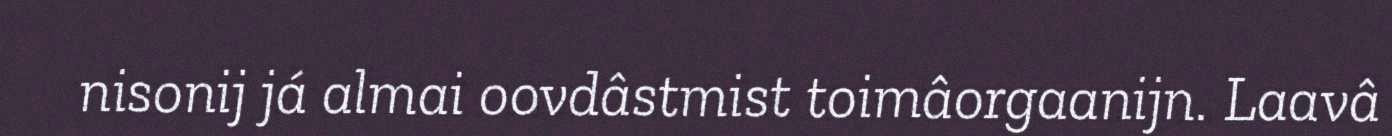
nisonij já almai oovdâstmist toimâorgaanijn. Laavâ